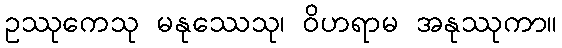
ဥဿုကေသု မနုဿေသု၊ ဝိဟရာမ အနုဿုကာ။